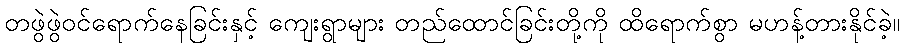
တဖွဲဖွဲဝင်ရောက်နေခြင်းနှင့် ကျေးရွာများ တည်ထောင်ခြင်းတို့ကို ထိရောက်စွာ မဟန့်တားနိုင်ခဲ့။